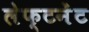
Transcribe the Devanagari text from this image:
लेफ्टनेंट